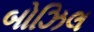
બોઝિલ